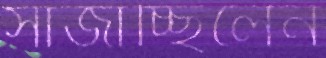
সাজাচ্ছিলেন